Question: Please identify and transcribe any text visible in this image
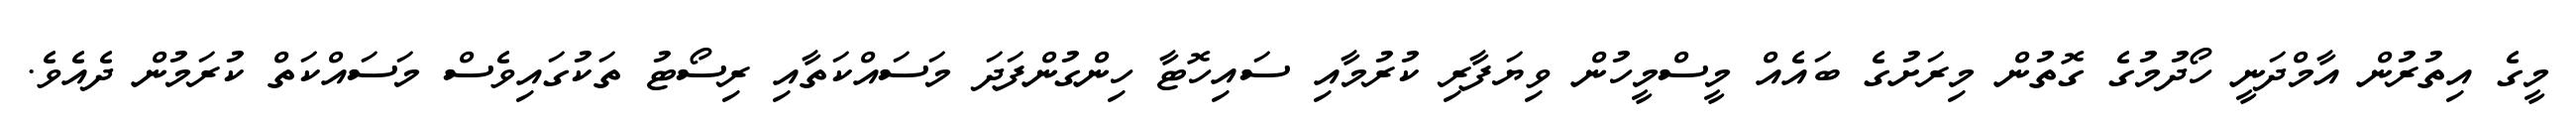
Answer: މީގެ އިތުރުން އާމްދަނީ ހޯދުމުގެ ގޮތުން މިރަށުގެ ބައެއް މީސްމީހުން ވިޔަފާރި ކުރުމާއި ސައިހޮޓާ ހިންގުންފަދަ މަސައްކަތާއި ރިސޯޓު ތަކުގައިވެސް މަސައްކަތް ކުރަމުން ދެއެވެ.